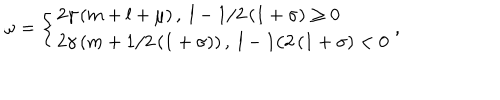
LaTeX: \omega = \left\{ \begin{array} { l } { { 2 \gamma \left( m + l + \mu \right) , \; { } l - 1 / 2 \left( 1 + \sigma \right) \geq 0 } } \\ { { 2 \gamma \left( m + 1 / 2 \left( 1 + \sigma \right) \right) , \; { } l - 1 / 2 \left( 1 + \sigma \right) < 0 } } \\ \end{array} \right. ,